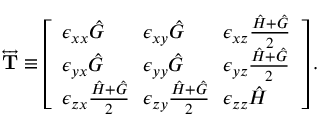
\begin{array} { r } { \overleftrightarrow { \mathbf { T } } \equiv \left[ \begin{array} { l l l } { \epsilon _ { x x } \hat { G } \! } & { \! \epsilon _ { x y } \hat { G } \! } & { \! \epsilon _ { x z } \frac { \hat { H } + \hat { G } } { 2 } } \\ { \epsilon _ { y x } \hat { G } \! } & { \! \epsilon _ { y y } \hat { G } \! } & { \! \epsilon _ { y z } \frac { \hat { H } + \hat { G } } { 2 } } \\ { \epsilon _ { z x } \frac { \hat { H } + \hat { G } } { 2 } \! } & { \! \epsilon _ { z y } \frac { \hat { H } + \hat { G } } { 2 } \! } & { \! \epsilon _ { z z } \hat { H } } \end{array} \right] . } \end{array}